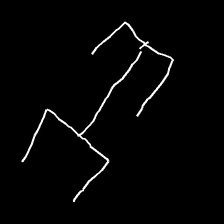
Glyph: entwine